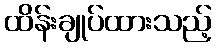
ထိန်းချုပ်ထားသည့်